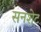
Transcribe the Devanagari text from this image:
सनशेट